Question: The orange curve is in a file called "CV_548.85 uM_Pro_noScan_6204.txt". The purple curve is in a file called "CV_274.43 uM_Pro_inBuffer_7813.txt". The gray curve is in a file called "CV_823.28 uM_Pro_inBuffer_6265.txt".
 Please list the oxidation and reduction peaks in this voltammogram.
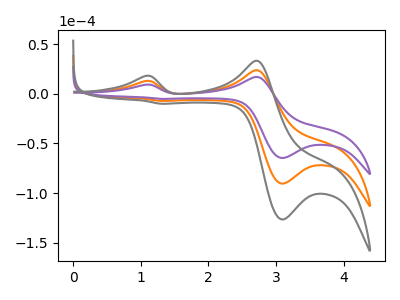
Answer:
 <answer>The orange curve "Pro, 548.85 uM" has anodic peaks at (1.05V, 12.90uA) (2.70V, 23.80uA) and cathodic peaks at (3.10V, -90.50uA) (1.30V, -7.20uA). The purple curve "Pro, 274.43 uM" has anodic peaks at (1.05V, 9.20uA) (2.70V, 17.00uA) and cathodic peaks at (3.10V, -64.65uA) (1.30V, -5.15uA). The gray curve "Pro, 823.28 uM" has anodic peaks at (1.05V, 25.75uA) (2.70V, 47.55uA) and cathodic peaks at (3.10V, -181.00uA) (1.30V, -14.35uA).</answer>
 <eval></eval>